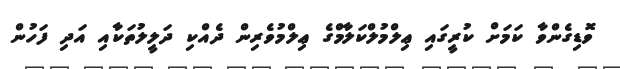
ވޮޑިގެންވާ ކަމަށް ކުރީގައި ޢިލްމުލްކަލާމްގެ ޢިލްމުވެރިން ދެއްކި ދަލީލުތަކާއި އަދި ފަހުން